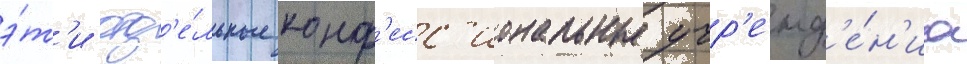
э́т'и отд'е́льные конф'есс'иональные учр'ежд'е́н'иа